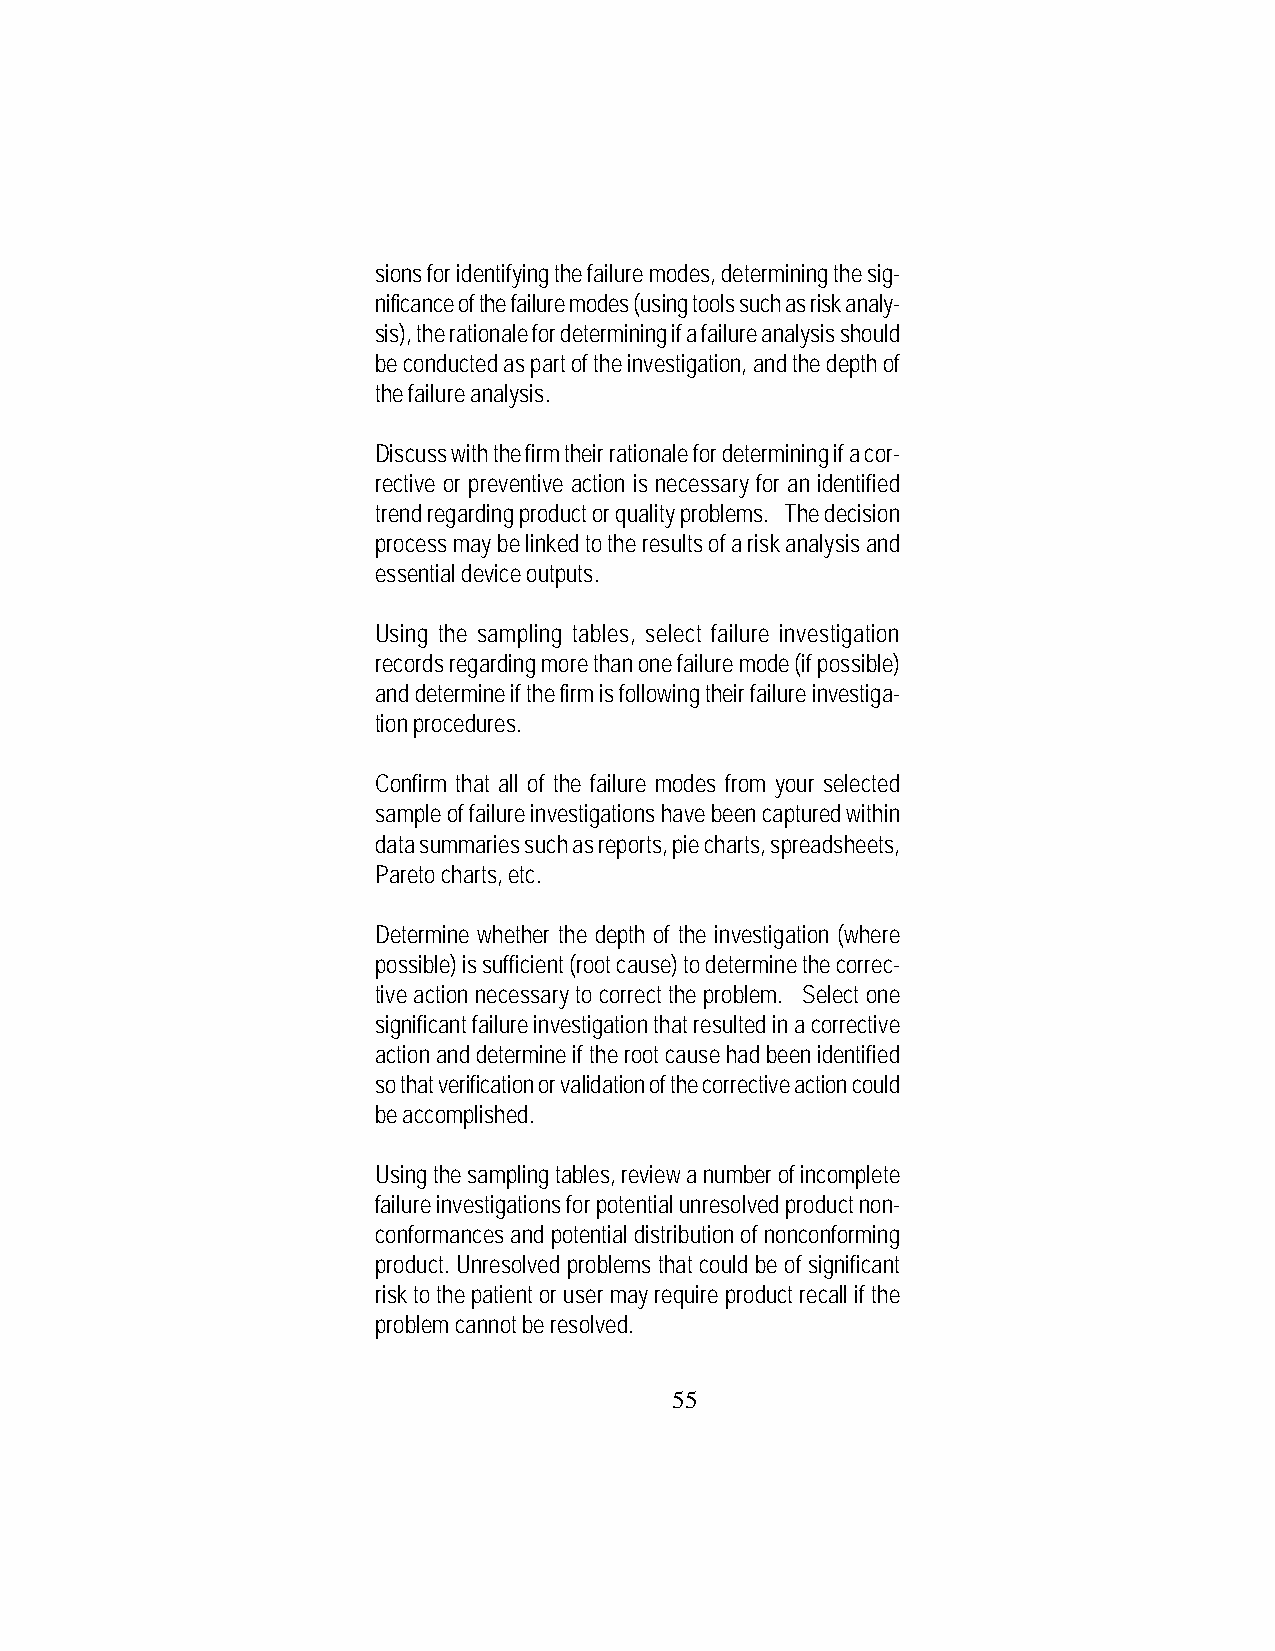
sions for identifying the failure modes, determining the sig-
 nificance of the failure modes (using tools such as risk analy-
 sis), the rationale for determining if a failure analysis should
 be conducted as part of the investigation, and the depth of
 the failure analysis.
 Discuss with the firm their rationale for determining if a cor-
 rective or preventive action is necessary for an identified
 trend regarding product or quality problems. The decision
 process may be linked to the results of a risk analysis and
 essential device outputs.
 Using the sampling tables, select failure investigation
 records regarding more than one failure mode (if possible)
 and determine if the firm is following their failure investiga-
 tion procedures.
 Confirm that all of the failure modes from your selected
 sample of failure investigations have been captured within
 data summaries such as reports, pie charts, spreadsheets,
 Pareto charts, etc.
 Determine whether the depth of the investigation (where
 possible) is sufficient (root cause) to determine the correc-
 tive action necessary to correct the problem. Select one
 significant failure investigation that resulted in a corrective
 action and determine if the root cause had been identified
 so that verification or validation of the corrective action could
 be accomplished.
 Using the sampling tables, review a number of incomplete
 failure investigations for potential unresolved product non-
 conformances and potential distribution of nonconforming
 product. Unresolved problems that could be of significant
 risk to the patient or user may require product recall if the
 problem cannot be resolved.
 55